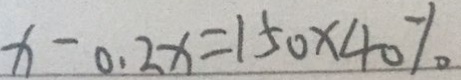
x - 0 . 2 x = 1 5 0 \times 4 0 \%